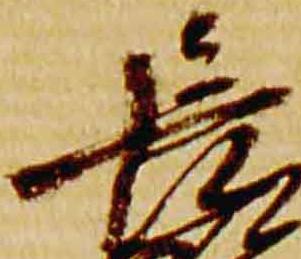
長